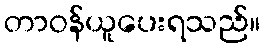
တာဝန်ယူပေးရသည်။